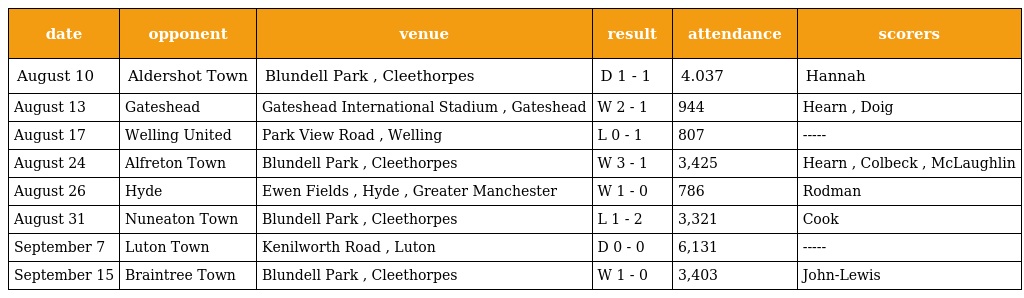
| date | opponent | venue | result | attendance | scorers |
 | --- | --- | --- | --- | --- | --- |
 | August 10 | Aldershot Town | Blundell Park , Cleethorpes | D 1 - 1 | 4.037 | Hannah |
 | August 13 | Gateshead | Gateshead International Stadium , Gateshead | W 2 - 1 | 944 | Hearn , Doig |
 | August 17 | Welling United | Park View Road , Welling | L 0 - 1 | 807 | ----- |
 | August 24 | Alfreton Town | Blundell Park , Cleethorpes | W 3 - 1 | 3,425 | Hearn , Colbeck , McLaughlin |
 | August 26 | Hyde | Ewen Fields , Hyde , Greater Manchester | W 1 - 0 | 786 | Rodman |
 | August 31 | Nuneaton Town | Blundell Park , Cleethorpes | L 1 - 2 | 3,321 | Cook |
 | September 7 | Luton Town | Kenilworth Road , Luton | D 0 - 0 | 6,131 | ----- |
 | September 15 | Braintree Town | Blundell Park , Cleethorpes | W 1 - 0 | 3,403 | John-Lewis |